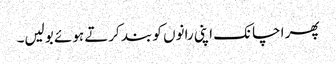
پھر اچانک اپنی رانوں کو بند کرتے ہوئے بولیں۔